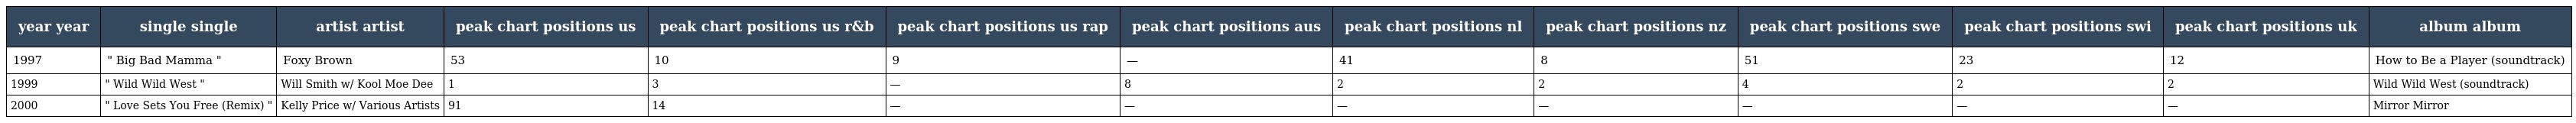
| year year | single single | artist artist | peak chart positions us | peak chart positions us r&b | peak chart positions us rap | peak chart positions aus | peak chart positions nl | peak chart positions nz | peak chart positions swe | peak chart positions swi | peak chart positions uk | album album |
 | --- | --- | --- | --- | --- | --- | --- | --- | --- | --- | --- | --- | --- |
 | 1997 | " Big Bad Mamma " | Foxy Brown | 53 | 10 | 9 | — | 41 | 8 | 51 | 23 | 12 | How to Be a Player (soundtrack) |
 | 1999 | " Wild Wild West " | Will Smith w/ Kool Moe Dee | 1 | 3 | — | 8 | 2 | 2 | 4 | 2 | 2 | Wild Wild West (soundtrack) |
 | 2000 | " Love Sets You Free (Remix) " | Kelly Price w/ Various Artists | 91 | 14 | — | — | — | — | — | — | — | Mirror Mirror |